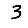
Digit: 3